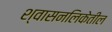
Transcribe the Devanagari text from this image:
श्वासनलिकेतील